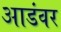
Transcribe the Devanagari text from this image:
आडंवर